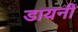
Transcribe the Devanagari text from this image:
डायनी